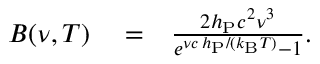
\begin{array} { r l r } { B ( \nu , T ) } & { { } = } & { \frac { 2 h _ { \mathrm { P } } c ^ { 2 } \nu ^ { 3 } } { e ^ { \nu c \, h _ { \mathrm { P } } / ( k _ { \mathrm { B } } T ) } - 1 } . } \end{array}